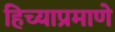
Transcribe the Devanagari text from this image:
हिच्याप्रमाणे